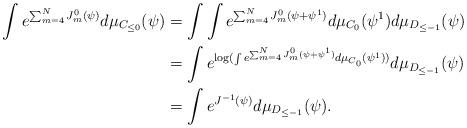
LaTeX: \begin{align*}\int e^{\sum_{m=4}^NJ_m^0(\psi)}d\mu_{C_{\le 0}}(\psi)&=\int\int e^{\sum_{m=4}^NJ_m^0(\psi+\psi^1)}d\mu_{C_0}(\psi^1)d\mu_{D_{\le -1}}(\psi)\\&=\int e^{\log(\int e^{\sum_{m=4}^NJ_m^0(\psi+\psi^1)}d\mu_{C_0}(\psi^1))}d\mu_{D_{\le -1}}(\psi)\\&=\int e^{J^{-1}(\psi)}d\mu_{D_{\le -1}}(\psi).\end{align*}